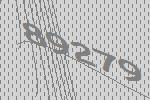
89279